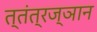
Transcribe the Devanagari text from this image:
त्तंत्रज्ञान